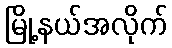
မြို့နယ်အလိုက်